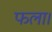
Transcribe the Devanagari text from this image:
फला।